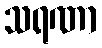
သရဏာ